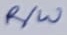
Text: R/W